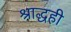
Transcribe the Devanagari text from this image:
श्राद्धही